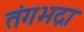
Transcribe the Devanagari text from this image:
तंगभद्रा